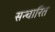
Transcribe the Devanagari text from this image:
सन्चारित